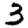
Digit: 3